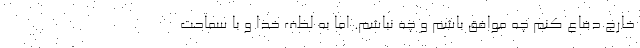
خارج دفاع كنم چه موافق باشم و چه نباشم. اما به لطف خدا و با سماحت